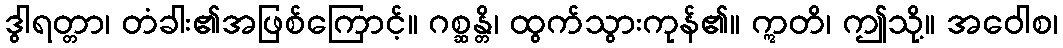
ဒွါရတ္တာ၊ တံခါး၏အဖြစ်ကြောင့်။ ဂစ္ဆန္တိ၊ ထွက်သွားကုန်၏။ ဣတိ၊ ဤသို့။ အဝေါစ၊